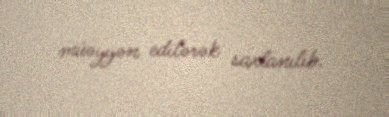
müəyyən edilərək saxlanılıb.